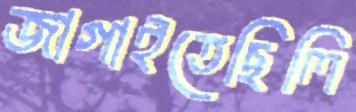
জাগাইতেছিলি